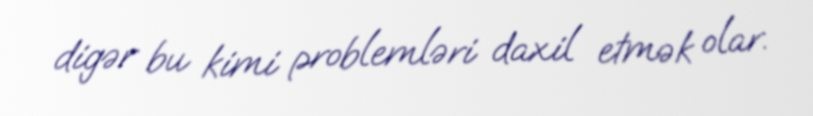
digər bu kimi problemləri daxil etmək olar.